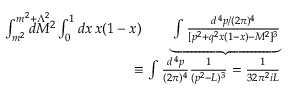
\begin{array} { r l r } { \int _ { m ^ { 2 } } ^ { m ^ { 2 } + \Lambda ^ { 2 } } \! \! \! \! \! \! \! \! \! \! d M ^ { 2 } \int _ { 0 } ^ { 1 } d x \, x ( 1 - x ) } & { } & { \! \! \! \! \! \underbrace { \int { \frac { d ^ { \, 4 } p / ( 2 \pi ) ^ { 4 } } { [ p ^ { 2 } + q ^ { 2 } x ( 1 - x ) - M ^ { 2 } ] ^ { 3 } } } } } \\ & { } & { \! \! \! \! \! \! \! \! \! \! \! \! \! \! \! \equiv \int { \frac { d ^ { \, 4 } p } { ( 2 \pi ) ^ { 4 } } } { \frac { 1 } { ( p ^ { 2 } - L ) ^ { 3 } } } = { \frac { 1 } { 3 2 \pi ^ { 2 } i L } } } \end{array}